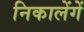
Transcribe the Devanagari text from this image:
निकालेंगें